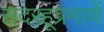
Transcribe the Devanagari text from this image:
सदरहूप्रमाणें